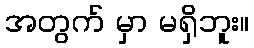
အတွက် မှာ မရှိဘူး။